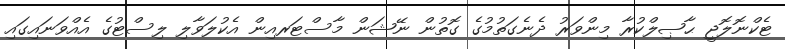
ޓެކްނޮލޮޖީ ޙާޞިލްކުރާ މިންވަރު ދެނެގަތުމުގެ ގޮތުން ނޭޝަން މާސްޓަރއިން އެކުލަވާލި ލިސްޓުގެ އެއްވަނައިގައި